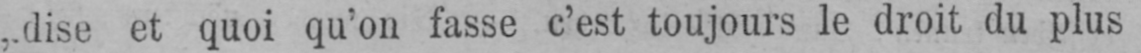
„dise et quoi qu’on fasse c’est toujours le droit du plus